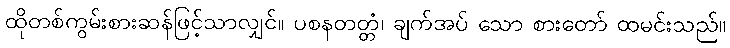
ထိုတစ်ကွမ်းစားဆန်ဖြင့်သာလျှင်။ ပစနတတ္တံ၊ ချက်အပ် သော စားတော် ထမင်းသည်။